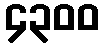
၄၃၀၀